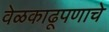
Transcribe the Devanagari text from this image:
वेळकाढूपणाचे